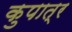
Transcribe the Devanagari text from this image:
कुपात्र